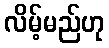
လိမ့်မည်ဟု